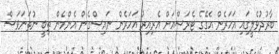
ބާރުދުވެލީގައި އަހަރެން އެގޭގެ ޓެރަސްއަށް އެރިއިރު އަހަރެން ނައިސްގެން އެންމެން ތިބީ ނުތަނަވަސް